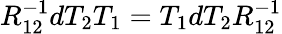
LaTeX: R_{12}^{-1}dT_{2}T_{1}=T_{1}dT_{2}R_{12}^{-1}